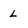
Character: L